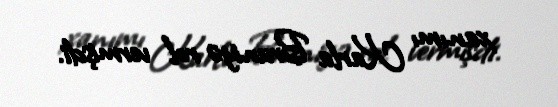
xanımı Karla Bruniyə rol vermişdi.